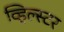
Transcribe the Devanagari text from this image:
व्हिल्स्टर